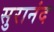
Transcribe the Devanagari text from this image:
सुरानंद